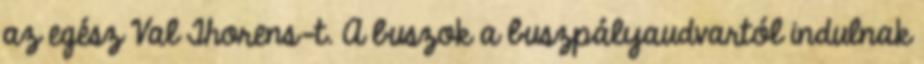
az egész Val Thorens-t. A buszok a buszpályaudvartól indulnak